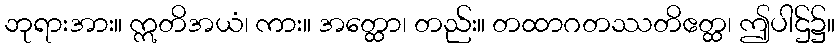
ဘုရားအား။ ဣတိအယံ၊ ကား။ အတ္ထော၊ တည်း။ တထာဂတဿတိဧတ္ထ၊ ဤပါဌ်၌။